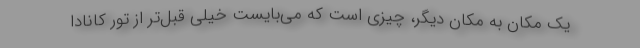
یک مکان به مکان دیگر، چیزی است که می‌بایست خیلی قبل‌تر از تور کانادا